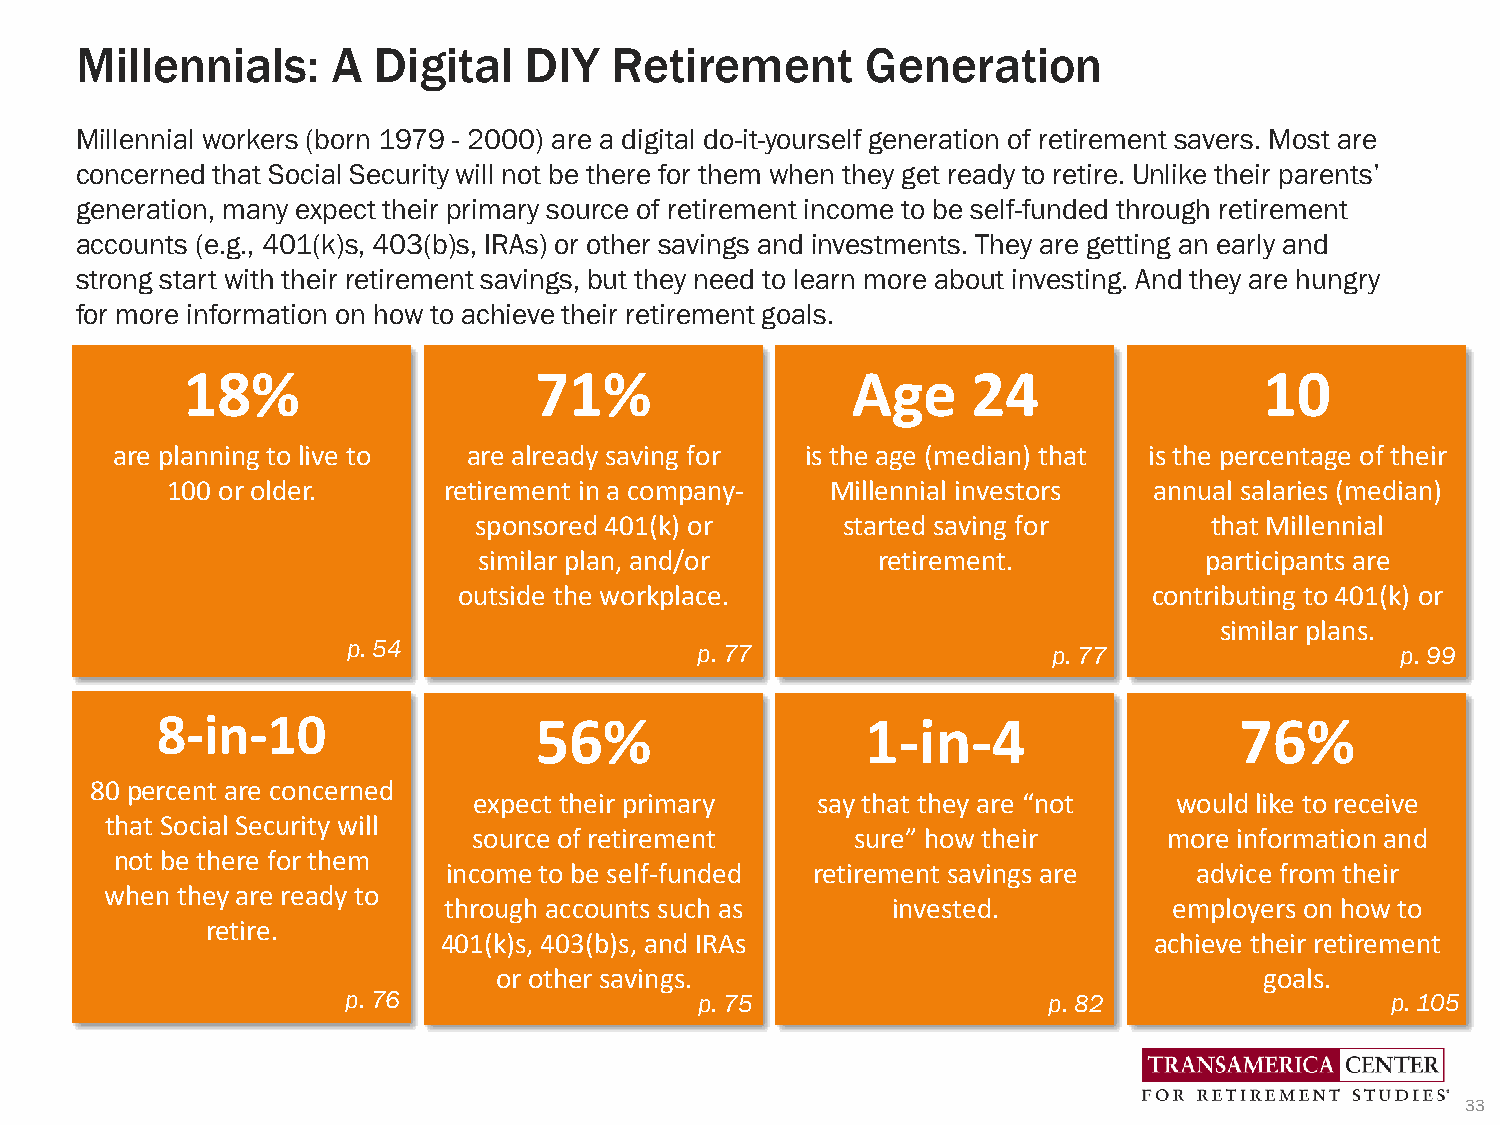
Millennials:     A  Digital   DIY  Retirement       Generation
 Millennial workers (born 1979 - 2000) are a digital do-it-yourself generation of retirement savers. Most are
 concerned that Social Security will not be there for them when they get ready to retire. Unlike their parents’
 generation, many expect their primary source of retirement income to be self-funded through retirement
 accounts (e.g., 401(k)s, 403(b)s, IRAs) or other savings and investments. They are getting an early and
 strong start with their retirement savings, but they need to learn more about investing. And they are hungry
 for more information on how to achieve their retirement goals.
 18%                    71%                  Age     24                  10
 are planning to live to are already saving for is the age (median) that is the percentage of their
 100 or older.     retirement in a company-  Millennial investors annual salaries (median)
 sponsored 401(k) or      started saving for      that Millennial
 similar plan, and/or      retirement.           participants are
 outside the workplace.                        contributing to 401(k) or
 similar plans.
 p. 54                  p. 77                   p. 77                  p. 99
 8-in-10                  56%                   1-in-4                   76%
 80 percent are concerned
 expect their primary   say that they are “not  would like to receive
 that Social Security will
 source of retirement      sure” how their     more information and
 not be there for them
 income to be self-funded retirement savings are   advice from their
 when they are ready to
 through accounts such as      invested.          employers on how to
 retire.
 401(k)s, 403(b)s, and IRAs                     achieve their retirement
 or other savings.                                  goals.
 p. 76                  p. 75                  p. 82                  p. 105
 33